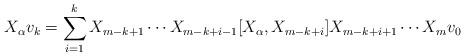
LaTeX: \begin{align*} X_{\alpha} v_k = \sum_{i=1}^{k} X_{m-k+1} \cdots X_{m-k+i-1} [ X_{\alpha} , X_{m-k+i} ] X_{m-k+i+1} \cdots X_m v_0\end{align*}